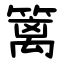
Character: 篱